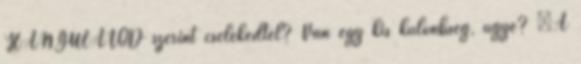
HANGULATOD szerint cselekedtél? Van egy kis különbség, ugye? “A